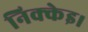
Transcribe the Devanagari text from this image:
निक्केइ।